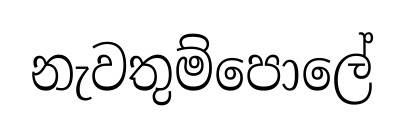
නැවතුම්පොලේ